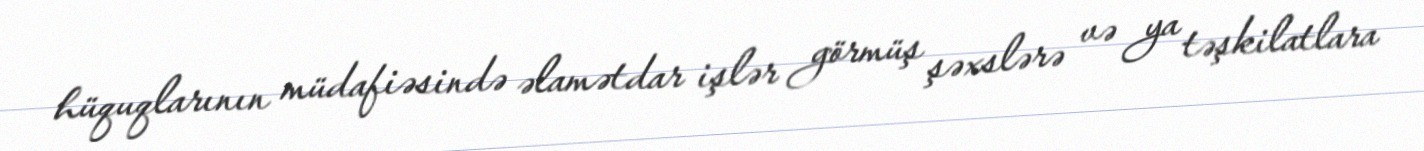
hüquqlarının müdafiəsində əlamətdar işlər görmüş şəxslərə və ya təşkilatlara